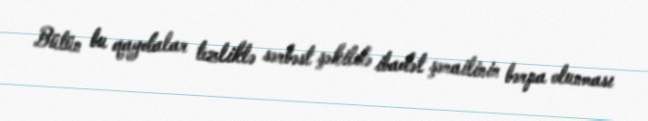
Bütün bu qaydalar tezliklə sərbəst şəkildə ibadət şəraitinin bərpa olunması